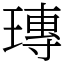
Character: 瑼